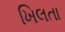
ખિલતા